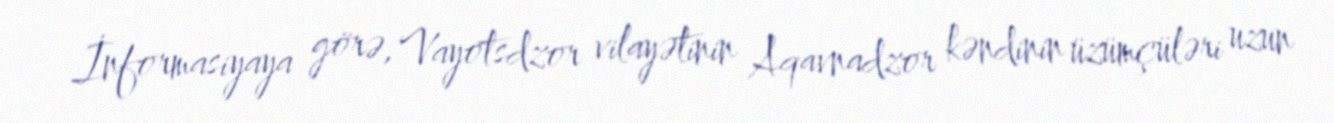
İnformasiyaya görə, Vayotsdzor vilayətinin Aqavnadzor kəndinin üzümçüləri uzun